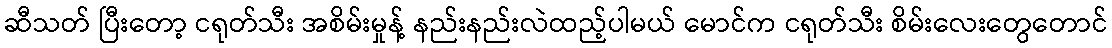
ဆီသတ် ပြီးတော့ ငရုတ်သီး အစိမ်းမှုန့် နည်းနည်းလဲထည့်ပါမယ် မောင်က ငရုတ်သီး စိမ်းလေးတွေတောင်